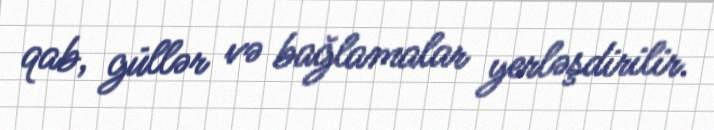
qab, güllər və bağlamalar yerləşdirilir.